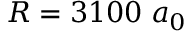
R = 3 1 0 0 \; a _ { 0 }